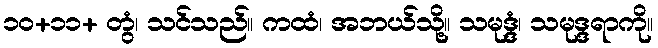
၁၀+၁၁+ တွံ၊ သင်သည်။ ကထံ၊ အဘယ်သို့။ သမုဒ္ဒံ၊ သမုဒ္ဒရာကို။